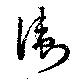
衞